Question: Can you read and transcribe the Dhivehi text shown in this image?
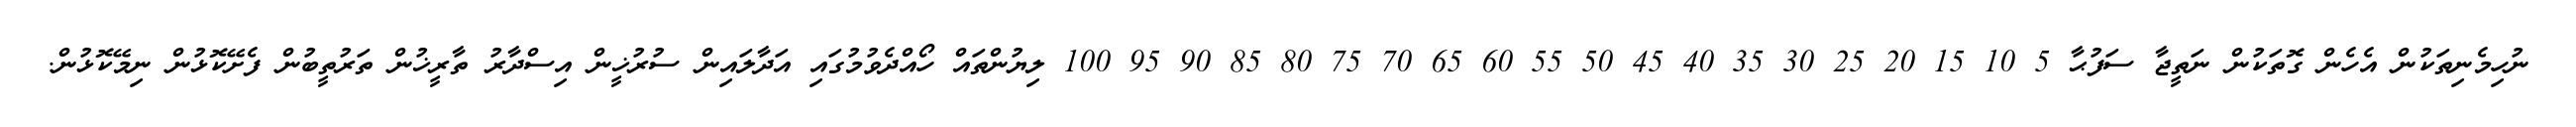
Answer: ނުހިމެނިތަކުން އެހެން ގޮތަކުން ނަތީޖާ ސަފުޙާ 5 10 15 20 25 30 35 40 45 50 55 60 65 70 75 80 85 90 95 100 ލިޔުންތައް ހޯއްދެވުމުގައި އަދާލައިން ސުރުޚީން އިސްދާރު ތާރީޚުން ތަރުތީބުން ފެށޭކޮޅުން ނިމޭކޮޅުން.